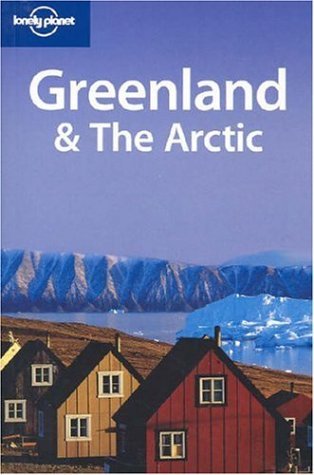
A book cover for Greenland & The Arctic (Lonely Planet Travel Guides); Etain O'Carroll; Travel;